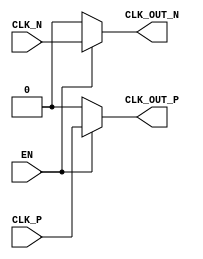
module differential_clock_buffer (
    input wire CLK_P,        // Positive differential clock input
    input wire CLK_N,        // Negative differential clock input
    input wire EN,          // Enable signal
    output reg CLK_OUT_P,    // Positive differential clock output
    output reg CLK_OUT_N     // Negative differential clock output
);

// Internal signals for clock buffering
reg clk_p_buf;
reg clk_n_buf;

// Clock buffer process
always @* begin
    if (EN) begin
        // When enabled, pass the input clock signals to the outputs
        CLK_OUT_P = CLK_P;
        CLK_OUT_N = CLK_N;
    end else begin
        // When disabled, drive outputs to a known idle state (low)
        CLK_OUT_P = 1'b0;
        CLK_OUT_N = 1'b0;
    end
end

endmodule